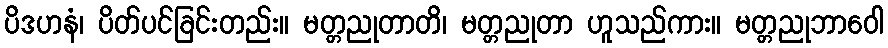
ပိဒဟနံ၊ ပိတ်ပင်ခြင်းတည်း။ မတ္တညုတာတိ၊ မတ္တညုတာ ဟူသည်ကား။ မတ္တညုဘာဝေါ